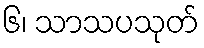
၆၊ သာသပသုတ်